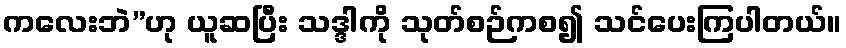
ကလေးဘဲ”ဟု ယူဆပြီး သဒ္ဒါကို သုတ်စဉ်ကစ၍ သင်ပေးကြပါတယ်။